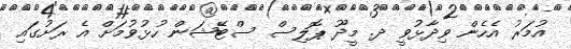
އުމަރު އެހެން ވިދާޅުވީ ދ. މީދޫ ޕޮލިސް ސްޓޭޝަން ހުޅުވުމަށް އެ ރަށުގައި